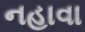
નહાવા